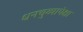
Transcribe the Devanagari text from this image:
धनचुव्यापेक्षा